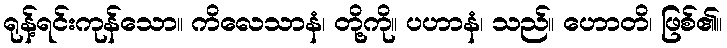
ရုန့်ရင်းကုန်သော။ ကိလေသာနံ၊ တို့ကို။ ပဟာနံ၊ သည်။ ဟောတိ၊ ဖြစ်၏။